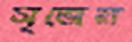
সৃজেন